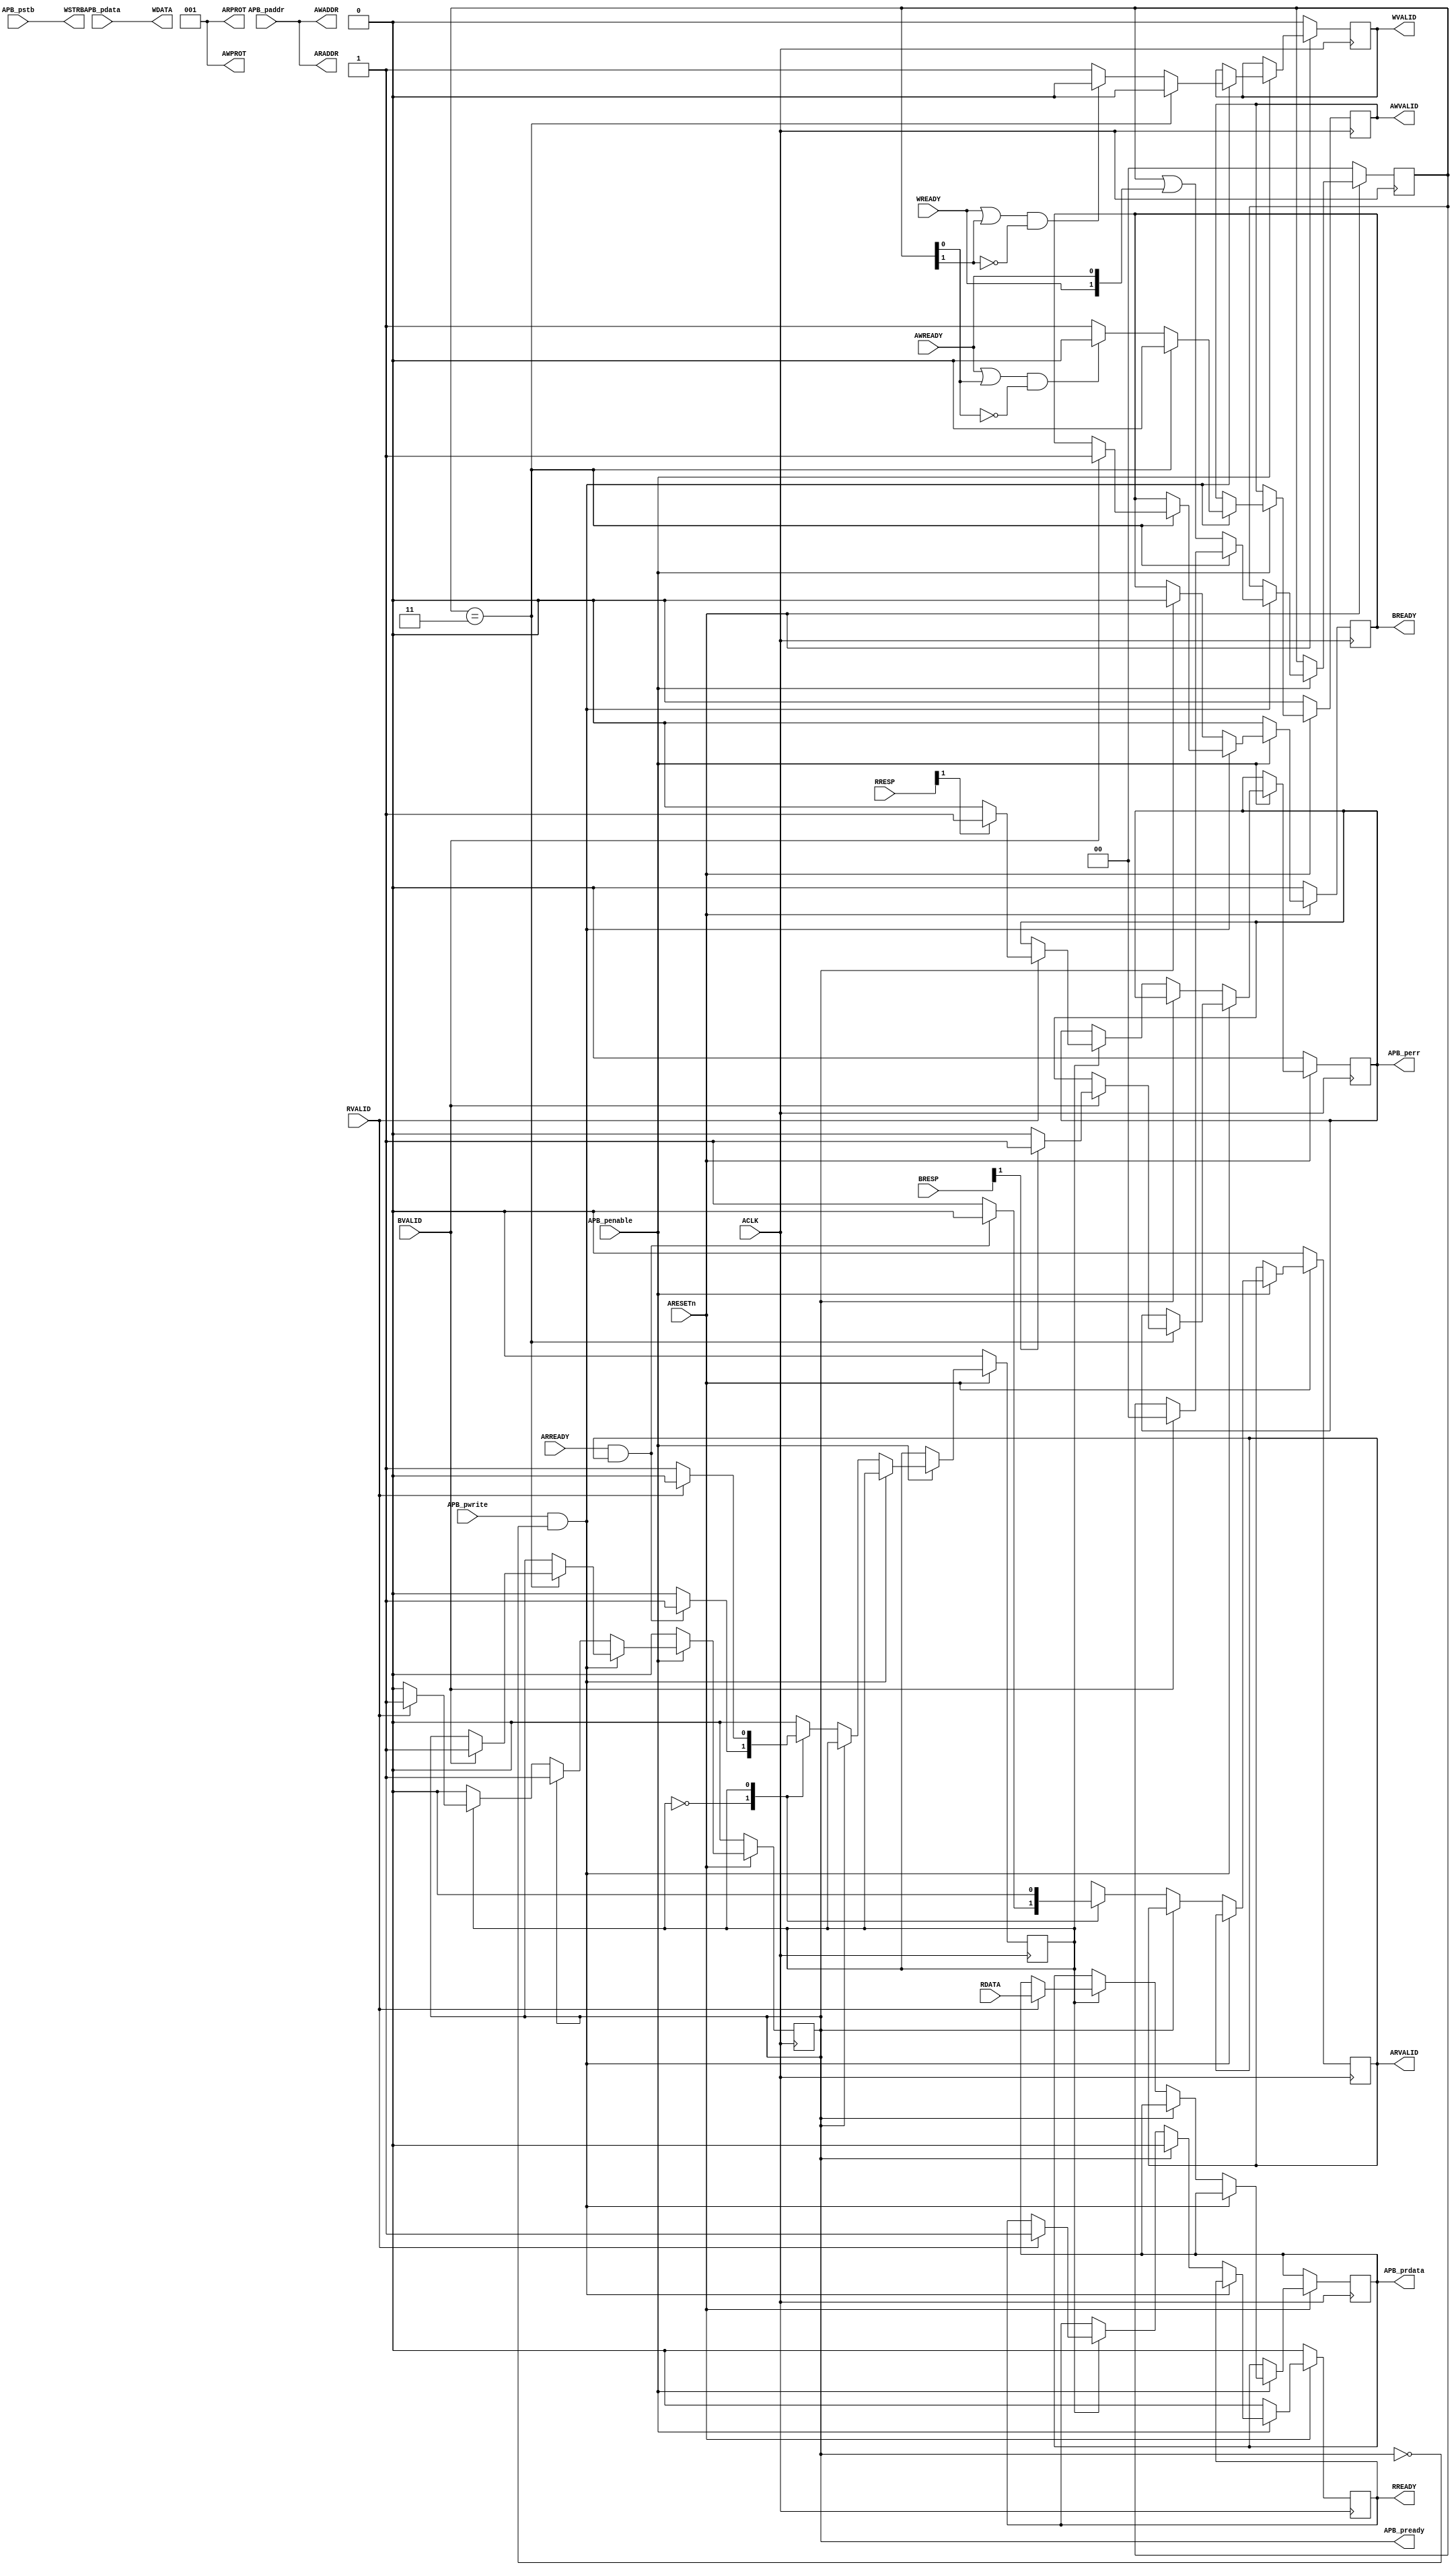
module AXI4Lite_translator
	#(parameter ADDR_WIDTH = 32,
	  parameter DATA_WIDTH = 32)
	(input ACLK,
	input ARESETn,
	/* Write address channel */
	output [ADDR_WIDTH-1:0] AWADDR,
	output [2:0] AWPROT,
	output reg AWVALID,
	input AWREADY,
	/* Write data channel */
	output [DATA_WIDTH-1:0] WDATA,
	output [DATA_WIDTH/8-1:0] WSTRB,
	output reg WVALID,
	input WREADY,
	/* Write response channel */
	input [1:0] BRESP,
	input BVALID,
	output reg BREADY,
	/* Read address channel */
	output [ADDR_WIDTH-1:0] ARADDR,
	output [2:0] ARPROT,
	output reg ARVALID,
	input ARREADY,
	/* Read data channel */
	input [DATA_WIDTH-1:0] RDATA,
	input [1:0] RRESP,
	input RVALID,
	output reg RREADY,

	/* APB like interface */
	input [ADDR_WIDTH-1:0] APB_paddr,
	output reg [DATA_WIDTH-1:0] APB_prdata,
	input [DATA_WIDTH-1:0] APB_pdata,
	input APB_penable,
	input APB_pwrite,
	input [DATA_WIDTH/8-1:0] APB_pstb,
	output reg APB_pready,
	output reg APB_perr);

assign AWADDR = APB_paddr;
assign ARADDR = APB_paddr;
assign WSTRB = APB_pstb;
assign WDATA = APB_pdata;
assign ARPROT = 3'b001; // privileged, secure, data access
assign AWPROT = 3'b001; // privileged, secure, data access
reg [1:0] wrstep;
reg rdstep;
initial begin
	wrstep = 0;
	rdstep = 0;
	AWVALID = 0;
	WVALID = 0;
	BREADY = 0;
	ARVALID = 0;
	RREADY = 0;
	APB_pready = 0;
	APB_perr = 0;
	APB_prdata = 0;
end
always @(posedge ACLK) begin // apb trans will get detected 1clk after Penable
	if(!ARESETn) begin
		wrstep <= 0;
		rdstep <= 0;
		wrstep <= 0;
		rdstep <= 0;
		AWVALID <= 0;
		WVALID <= 0;
		BREADY <= 0;
		ARVALID <= 0;
		RREADY <= 0;
		APB_pready <= 0;
		APB_perr <= 0;
	end else if(APB_penable) begin
		if(APB_pwrite && !APB_pready) begin
			case(wrstep)
				default: begin
					if((AWREADY || wrstep[0]) && !wrstep[0]) begin
						AWVALID <= 0;
					end else
						AWVALID <= 1;
					if((WREADY || wrstep[1]) && !wrstep[1]) begin
						WVALID <= 0;
					end else
						WVALID <= 1;
					wrstep <= wrstep | {WREADY, AWREADY};
				end
				2'b11: begin
					AWVALID <= 0;
					WVALID <= 0;
					if(BVALID) begin
						if(BRESP[1]) // BRESP[1] is error
							APB_perr <= 1;
						else
							APB_perr <= 0;
						wrstep <= 2'b00;
						BREADY <= 1;
						APB_pready <= 1;
					end
				end
			endcase
		end else if(!APB_pready) begin
			case(rdstep)
				1'b0: begin
					if(ARREADY && ARVALID) begin
						ARVALID <= 0;
						rdstep <= 1;
					end else begin
						ARVALID <= 1;
					end
				end
				1'b1: begin
					ARVALID <= 0;
					if(RVALID) begin // we assume that RVALID gets deasserted 1clk after RREADY
						APB_prdata <= RDATA;
						if(RRESP[1]) // RRESP[1] is error
							APB_perr <= 1;
						else
							APB_perr <= 0;
						rdstep <= 0;
						RREADY <= 1;
						APB_pready <= 1;
					end
				end
			endcase
		end else begin
			RREADY <= 0;
			BREADY <= 0;
		end
	end else begin
		RREADY <= 0;
		BREADY <= 0;
		APB_pready <= 0;
	end
end
endmodule